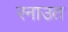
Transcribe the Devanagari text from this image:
रनाउत